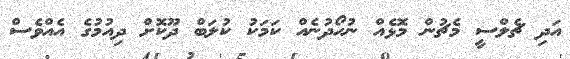
އަދި ޗެލްސީ މެޗުން މޮޅެއް ނުހޯދުނެއް ކަމަކު ކުލަބް ދޫކޮށް ދިއުމުގެ އެއްވެސް